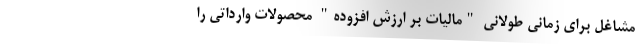
مشاغل برای زمانی طولانی "مالیات بر ارزش افزوده" محصولات وارداتی را